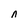
Character: n